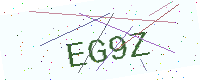
Text: EG9Z